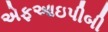
એફઆઇપીબી